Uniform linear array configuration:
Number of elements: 24
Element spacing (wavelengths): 1
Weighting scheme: hann
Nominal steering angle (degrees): -30
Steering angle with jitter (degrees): -29.679
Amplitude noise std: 0.05
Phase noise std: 0.05

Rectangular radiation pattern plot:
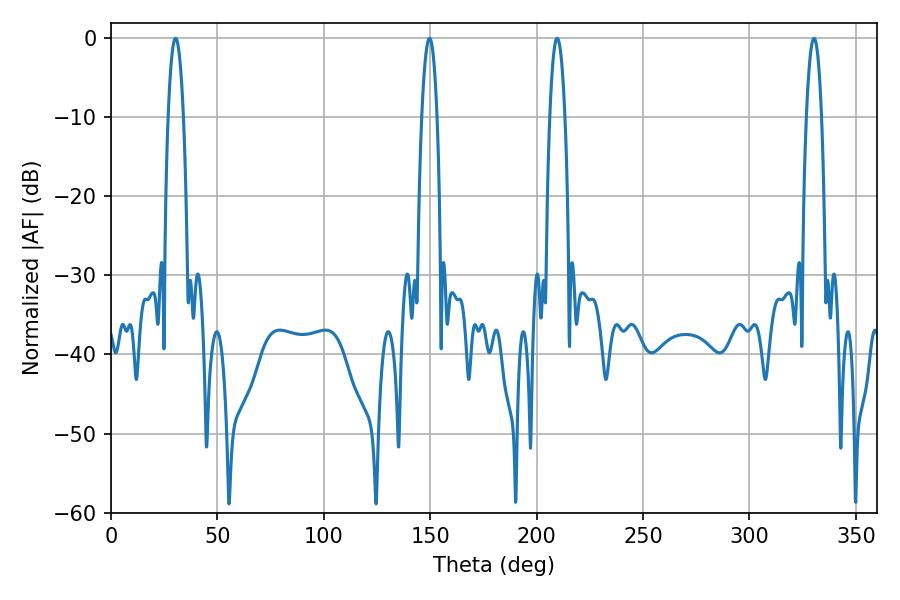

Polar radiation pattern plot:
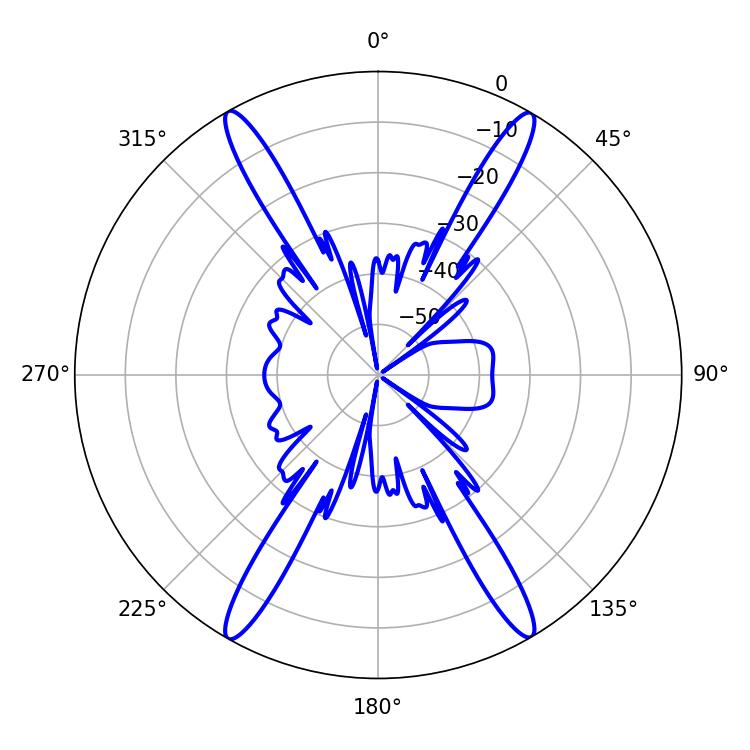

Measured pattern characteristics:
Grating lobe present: TRUE
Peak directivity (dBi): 29.971
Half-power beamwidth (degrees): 3.96
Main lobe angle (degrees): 209.7